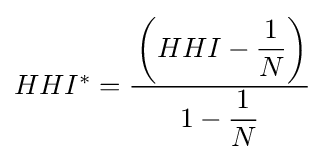
{\textstyle HHI^{*}={\cfrac {\left(HHI-{\dfrac {1}{N}}\right)}{1-{\dfrac {1}{N}}}}}